Civil Veterinary Department. Madras. Admin. report 1926-33 - 1926-1933
Year: 1926
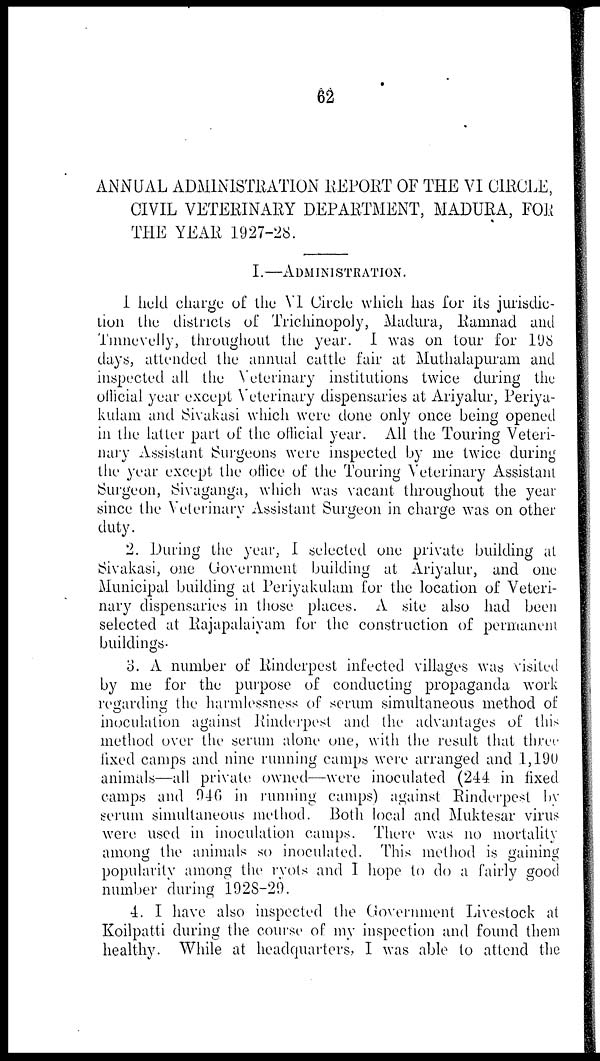
62
ANNUAL ADMINISTRATION REPORT OF THE VI CIRCLE,
CIVIL VETERINARY DEPARTMENT, MADURA, FOR
THE YEAR 1927-28.
I.—ADMINISTRATION.
1 held charge of the VI Circle which has for its jurisdic-
tion the districts of Trichinopoly, Madura, Ramnad and
Tmnevelly, throughout the year. I was on tour for 198
days, attended the annual cattle fair at Muthalapuram and
inspected all the Veterinary institutions twice during the
official year except Veterinary dispensaries at Ariyalur, Periya-
kulam and Sivakasi which were done only once being opened
in the latter part of the official year. All the Touring Veteri-
nary Assistant Surgeons were inspected by me twice during
the year except the office of the Touring Veterinary Assistant
Surgeon, Sivaganga, which was vacant throughout the year
since the Veterinary Assistant Surgeon in charge was on other
duty.
2. During the year, I selected one private building at
Sivakasi, one Government building at Ariyalur, and one
Municipal building at Periyakulam for the location of Veteri-
nary dispensaries in those places. A site also had been
selected at Rajapalaiyam for the construction of permanent
buildings.
3. A number of Rinderpest infected villages was visited
by me for the purpose of conducting propaganda work
regarding the harmlessness of serum simultaneous method of
inoculation against Rinderpest and the advantages of this
method over the serum alone one, with the result that three
fixed camps and nine running camps were arranged and 1,190
animals—all private owned—were inoculated (244 in fixed
camps and 046 in running camps) against Rinderpest by
serum simultaneous method. Both local and Muktesar virus
were used in inoculation camps. There was no mortality
among the animals so inoculated. This method is gaining
popularity among the ryots and I hope to do a fairly good
number during 1928-29.
4. I have also inspected the Government Livestock at
Koilpatti during the course of my inspection and found them
healthy. While at headquarters, I was able to attend the